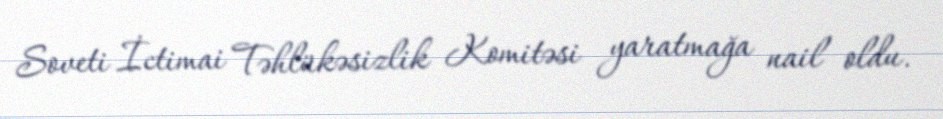
Soveti İctimai Təhlükəsizlik Komitəsi yaratmağa nail oldu.